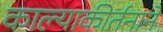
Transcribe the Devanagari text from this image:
काल्याकीर्तनाने